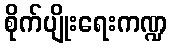
စိုက်ပျိုးရေးကဏ္ဍ